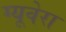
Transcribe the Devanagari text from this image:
ग्यूवेरा